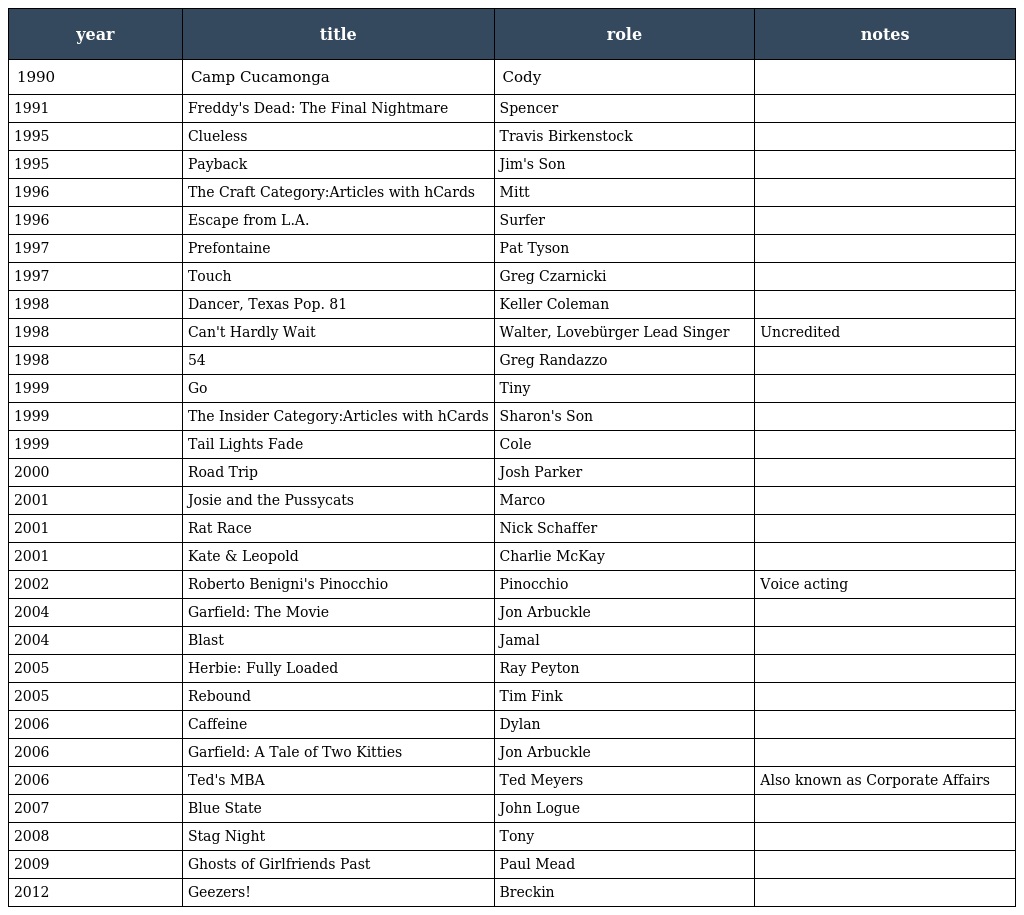
| year | title | role | notes |
 | --- | --- | --- | --- |
 | 1990 | Camp Cucamonga | Cody |  |
 | 1991 | Freddy's Dead: The Final Nightmare | Spencer |  |
 | 1995 | Clueless | Travis Birkenstock |  |
 | 1995 | Payback | Jim's Son |  |
 | 1996 | The Craft Category:Articles with hCards | Mitt |  |
 | 1996 | Escape from L.A. | Surfer |  |
 | 1997 | Prefontaine | Pat Tyson |  |
 | 1997 | Touch | Greg Czarnicki |  |
 | 1998 | Dancer, Texas Pop. 81 | Keller Coleman |  |
 | 1998 | Can't Hardly Wait | Walter, Lovebürger Lead Singer | Uncredited |
 | 1998 | 54 | Greg Randazzo |  |
 | 1999 | Go | Tiny |  |
 | 1999 | The Insider Category:Articles with hCards | Sharon's Son |  |
 | 1999 | Tail Lights Fade | Cole |  |
 | 2000 | Road Trip | Josh Parker |  |
 | 2001 | Josie and the Pussycats | Marco |  |
 | 2001 | Rat Race | Nick Schaffer |  |
 | 2001 | Kate & Leopold | Charlie McKay |  |
 | 2002 | Roberto Benigni's Pinocchio | Pinocchio | Voice acting |
 | 2004 | Garfield: The Movie | Jon Arbuckle |  |
 | 2004 | Blast | Jamal |  |
 | 2005 | Herbie: Fully Loaded | Ray Peyton |  |
 | 2005 | Rebound | Tim Fink |  |
 | 2006 | Caffeine | Dylan |  |
 | 2006 | Garfield: A Tale of Two Kitties | Jon Arbuckle |  |
 | 2006 | Ted's MBA | Ted Meyers | Also known as Corporate Affairs |
 | 2007 | Blue State | John Logue |  |
 | 2008 | Stag Night | Tony |  |
 | 2009 | Ghosts of Girlfriends Past | Paul Mead |  |
 | 2012 | Geezers! | Breckin |  |